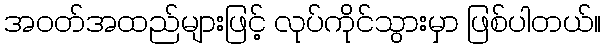
အဝတ်အထည်များဖြင့် လုပ်ကိုင်သွားမှာ ဖြစ်ပါတယ်။